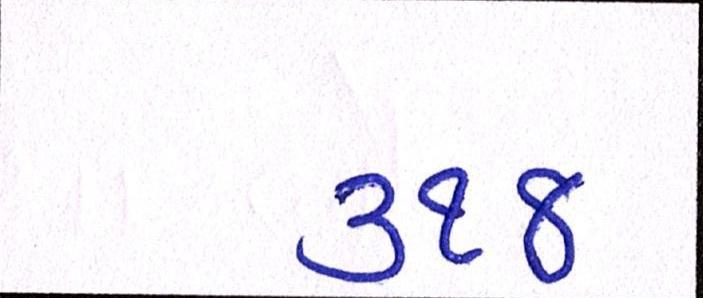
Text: ૩૧૪